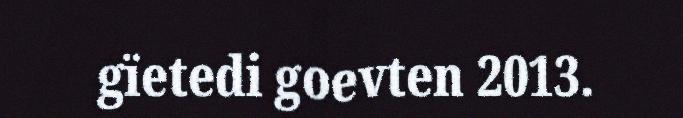
gïetedi goevten 2013.